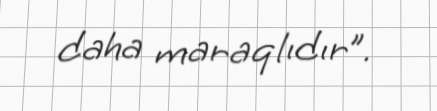
daha maraqlıdır”.